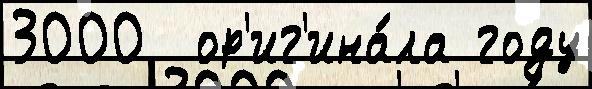
3000  ор'иг'ина́ла году